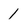
Character: 1